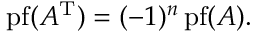
\operatorname { p f } ( A ^ { \mathrm { T } } ) = ( - 1 ) ^ { n } \operatorname { p f } ( A ) .